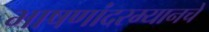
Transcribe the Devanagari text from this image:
भाषणांदरम्यानचे